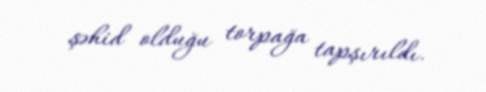
şəhid olduğu torpağa tapşırıldı.